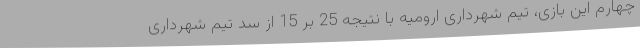
چهارم این بازی، تیم شهرداری ارومیه با نتیجه 25 بر 15 از سد تیم شهرداری